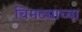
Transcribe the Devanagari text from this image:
चिमट्याच्या